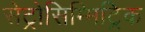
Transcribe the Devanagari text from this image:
सेट्रोसिम्मिट्रिक